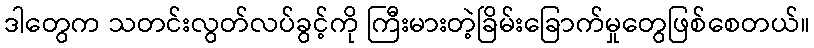
ဒါတွေက သတင်းလွတ်လပ်ခွင့်ကို ကြီးမားတဲ့ခြိမ်းခြောက်မှုတွေဖြစ်စေတယ်။